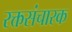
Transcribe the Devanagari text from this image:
रक्तसंचारक